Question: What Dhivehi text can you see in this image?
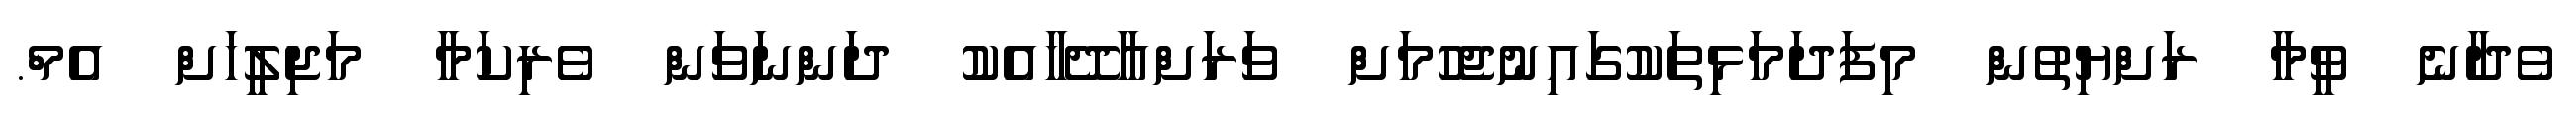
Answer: ވެދާނެ ވީމާ ރަށްޔިތުން މިފަދަމަޅިތަކުގައިނުޖެހުމަށް ވަރަށްއާދޭހާއެކު ދަންނަވަން ވެރިކަމާ މަޖިލީހަށް އެމް.